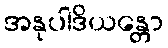
အနုပါဒိယန္တော